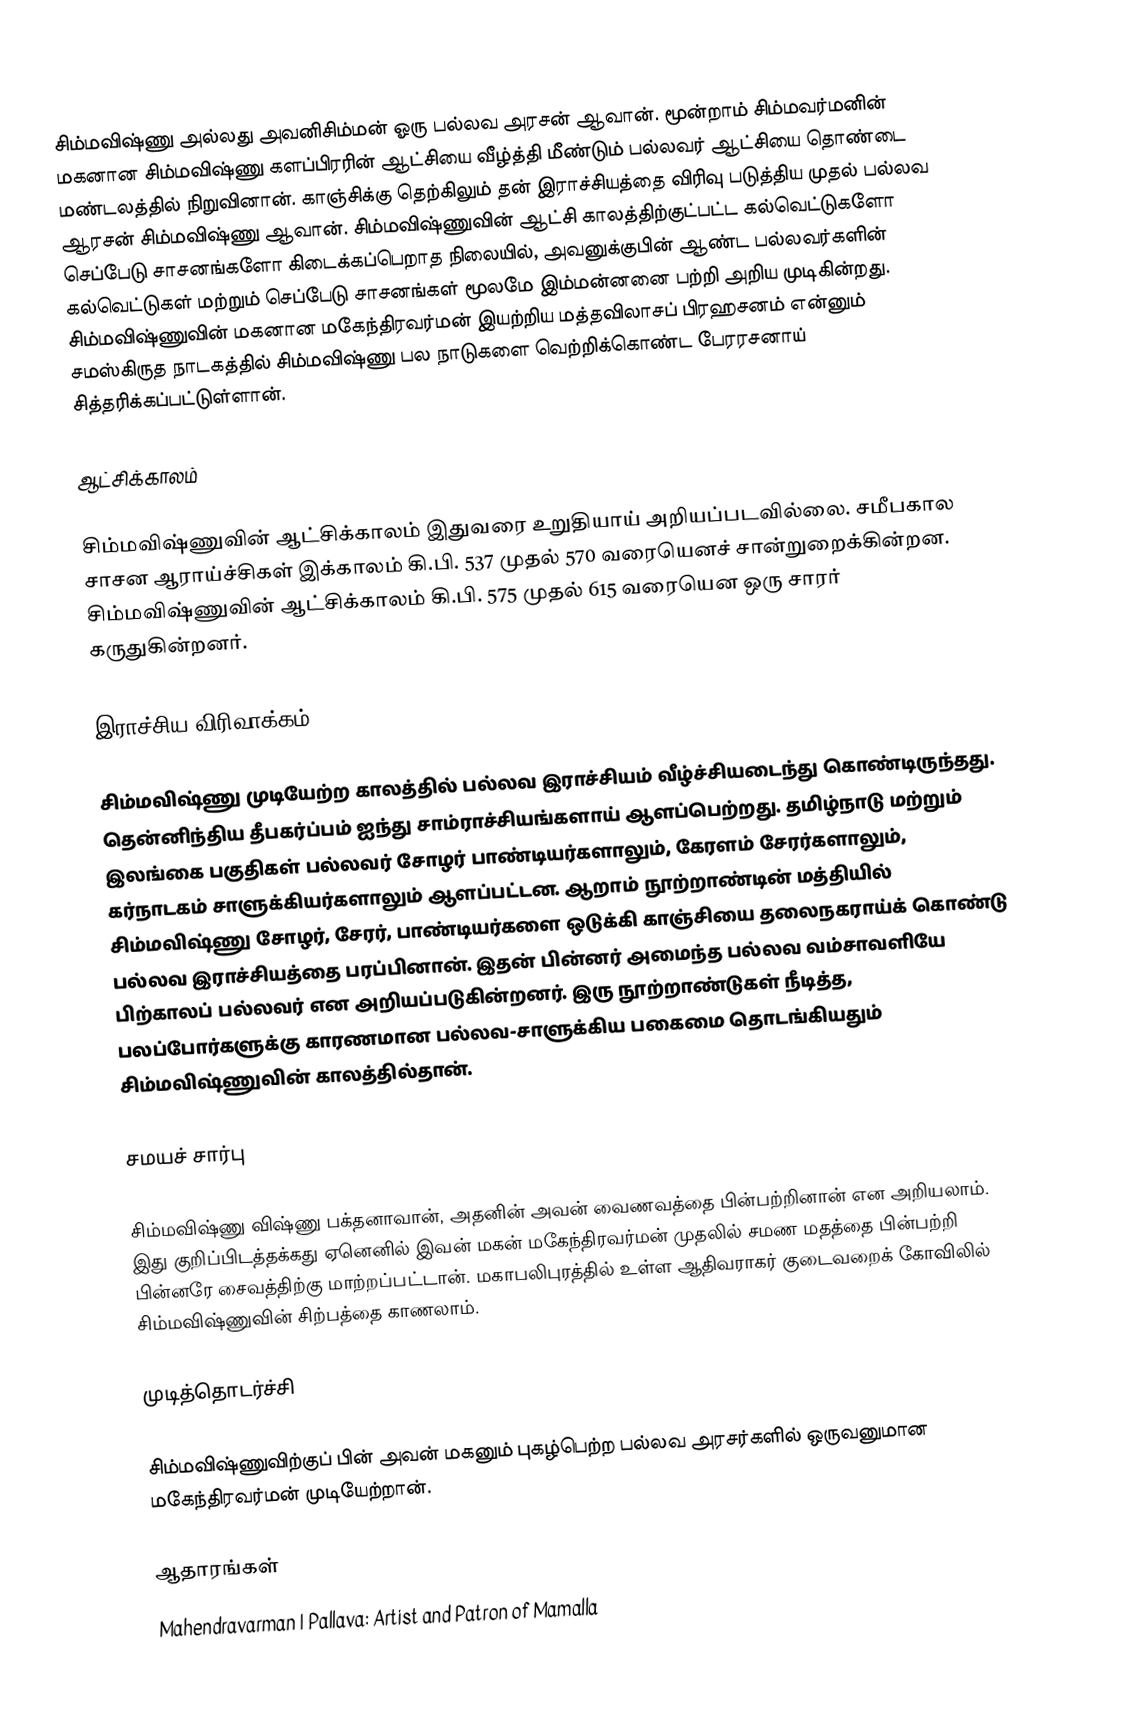
சிம்மவிஷ்ணு அல்லது அவனிசிம்மன் ஓரு பல்லவ அரசன் ஆவான். மூன்றாம் சிம்மவர்மனின் மகனான சிம்மவிஷ்ணு களப்பிரரின் ஆட்சியை வீழ்த்தி மீண்டும் பல்லவர் ஆட்சியை தொண்டை மண்டலத்தில் நிறுவினான். காஞ்சிக்கு தெற்கிலும் தன் இராச்சியத்தை விரிவு படுத்திய முதல் பல்லவ ஆரசன் சிம்மவிஷ்ணு ஆவான். சிம்மவிஷ்ணுவின் ஆட்சி காலத்திற்குட்பட்ட கல்வெட்டுகளோ செப்பேடு சாசனங்களோ கிடைக்கப்பெறாத நிலையில், அவனுக்குபின் ஆண்ட பல்லவர்களின் கல்வெட்டுகள் மற்றும் செப்பேடு சாசனங்கள் மூலமே இம்மன்னனை பற்றி அறிய முடிகின்றது. சிம்மவிஷ்ணுவின் மகனான மகேந்திரவர்மன் இயற்றிய மத்தவிலாசப் பிரஹசனம் என்னும் சமஸ்கிருத நாடகத்தில் சிம்மவிஷ்ணு பல நாடுகளை வெற்றிக்கொண்ட பேரரசனாய் சித்தரிக்கப்பட்டுள்ளான்.

ஆட்சிக்காலம்

சிம்மவிஷ்ணுவின் ஆட்சிக்காலம் இதுவரை உறுதியாய் அறியப்படவில்லை. சமீபகால சாசன ஆராய்ச்சிகள் இக்காலம் கி.பி. 537 முதல் 570 வரையெனச் சான்றுறைக்கின்றன. சிம்மவிஷ்ணுவின் ஆட்சிக்காலம் கி.பி. 575 முதல் 615 வரையென ஒரு சாரர் கருதுகின்றனர்.

இராச்சிய விரிவாக்கம்

சிம்மவிஷ்ணு முடியேற்ற காலத்தில் பல்லவ இராச்சியம் வீழ்ச்சியடைந்து கொண்டிருந்தது. தென்னிந்திய தீபகர்ப்பம் ஐந்து சாம்ராச்சியங்களாய் ஆளப்பெற்றது. தமிழ்நாடு மற்றும் இலங்கை பகுதிகள் பல்லவர் சோழர் பாண்டியர்களாலும், கேரளம் சேரர்களாலும், கர்நாடகம் சாளுக்கியர்களாலும் ஆளப்பட்டன. ஆறாம் நூற்றாண்டின் மத்தியில் சிம்மவிஷ்ணு சோழர், சேரர், பாண்டியர்களை ஒடுக்கி காஞ்சியை தலைநகராய்க் கொண்டு பல்லவ இராச்சியத்தை பரப்பினான். இதன் பின்னர் அமைந்த பல்லவ வம்சாவளியே பிற்காலப் பல்லவர் என அறியப்படுகின்றனர். இரு நூற்றாண்டுகள் நீடித்த, பலப்போர்களுக்கு காரணமான பல்லவ-சாளுக்கிய பகைமை தொடங்கியதும் சிம்மவிஷ்ணுவின் காலத்தில்தான்.

சமயச் சார்பு

சிம்மவிஷ்ணு விஷ்ணு பக்தனாவான், அதனின் அவன் வைணவத்தை பின்பற்றினான் என அறியலாம். இது குறிப்பிடத்தக்கது ஏனெனில் இவன் மகன் மகேந்திரவர்மன் முதலில் சமண மதத்தை பின்பற்றி பின்னரே சைவத்திற்கு மாற்றப்பட்டான். மகாபலிபுரத்தில் உள்ள ஆதிவராகர் குடைவறைக் கோவிலில் சிம்மவிஷ்ணுவின் சிற்பத்தை காணலாம்.

முடித்தொடர்ச்சி

சிம்மவிஷ்ணுவிற்குப் பின் அவன் மகனும் புகழ்பெற்ற பல்லவ அரசர்களில் ஒருவனுமான மகேந்திரவர்மன் முடியேற்றான்.

ஆதாரங்கள்
 Mahendravarman I Pallava: Artist and Patron of Mamalla